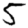
Digit: 5